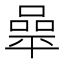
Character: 𰏬